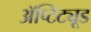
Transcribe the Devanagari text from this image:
ॲप्टिट्यूड